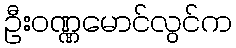
ဦးဝဏ္ဏမောင်လွင်က